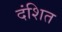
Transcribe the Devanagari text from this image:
दंशित